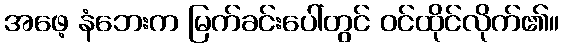
အဖေ့ နံဘေးက မြက်ခင်းပေါ်တွင် ဝင်ထိုင်လိုက်၏။